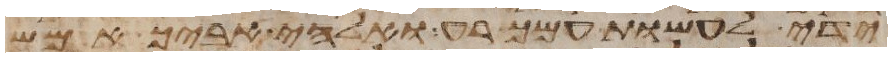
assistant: ידי לעשות עמך רע ואלהי אביך אמש